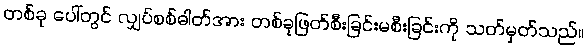
တစ်ခု ပေါ်တွင် လျှပ်စစ်ဓါတ်အား တစ်ခုဖြတ်စီးခြင်းမစီးခြင်းကို သတ်မှတ်သည်။